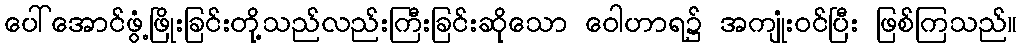
ပေါ်အောင်ဖွံ့ဖြိုးခြင်းတို့သည်လည်းကြီးခြင်းဆိုသော ဝေါဟာရ၌ အကျုံးဝင်ပြီး ဖြစ်ကြသည်။